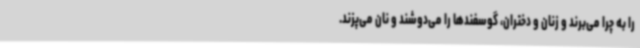
را به چرا می‌برند و زنان و دختران، گوسفندها را می‌دوشند و نان می‌پزند.